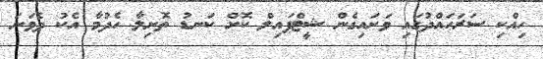
ހިއްކި ސަރަހައްދުގައި ވަށައިގެން ޝީޓްޕައިލް ކޮށް ކަނޑު ތޮށިލާ ހެދުމާ އެކު ދެވަނަ